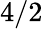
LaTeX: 4/2